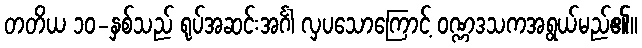
တတိယ ၁၀-နှစ်သည် ရုပ်အဆင်းအင်္ဂါ လှပသောကြောင့် ဝဏ္ဏဒသကအရွယ်မည်၏။